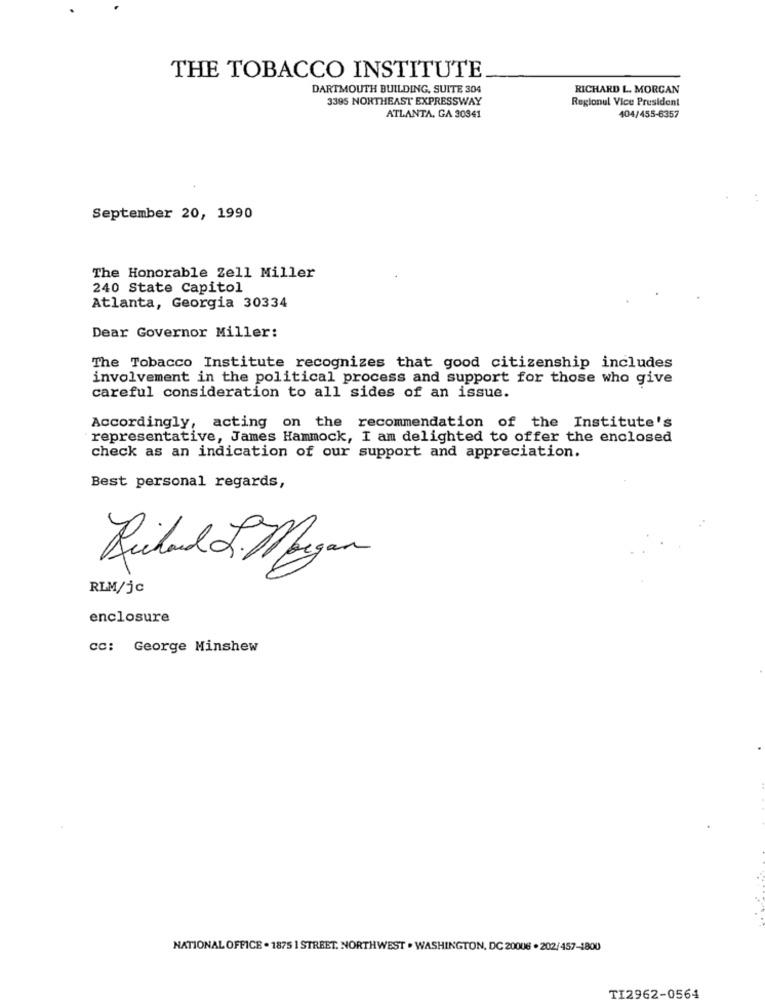
THE TOBACCO INSTITUTE
DARTMOUTH BUILDING, SUITE 304
RICHARD L. MORGAN
3395 NORTHEAST EXPRESSWAY
Regionul Vice President
ATLANTA, GA 30341
404/455-6357
September 20, 1990
The Honorable Zell Miller
240 State Capitol
Atlanta, Georgia 30334
Dear Governor Miller:
The Tobacco Institute recognizes that good citizenship includes
involvement in the political process and support for those who give
careful consideration to all sides of an issue.
Accordingly, acting on the recommendation of the Institute's
representative, James Hammock, I am delighted to offer the enclosed
check as an indication of our support and appreciation.
Best personal regards,
Richard L. Megan
RLM/jc
enclosure
cc: George Minshew
NATIONAL OFFICE . 1875 | STREET. NORTHWEST . WASHINGTON, DC 20006 . 202/457-1800
TI2962-0564